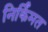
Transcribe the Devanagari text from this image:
निर्किंमत